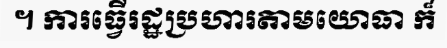
។ ការធ្វើរដ្ឋប្រហារតាមយោធា ក៏